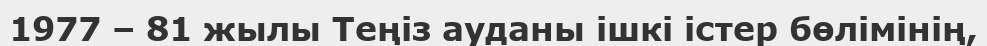
1977 – 81 жылы Теңіз ауданы ішкі істер бөлімінің,